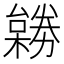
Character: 𠢺